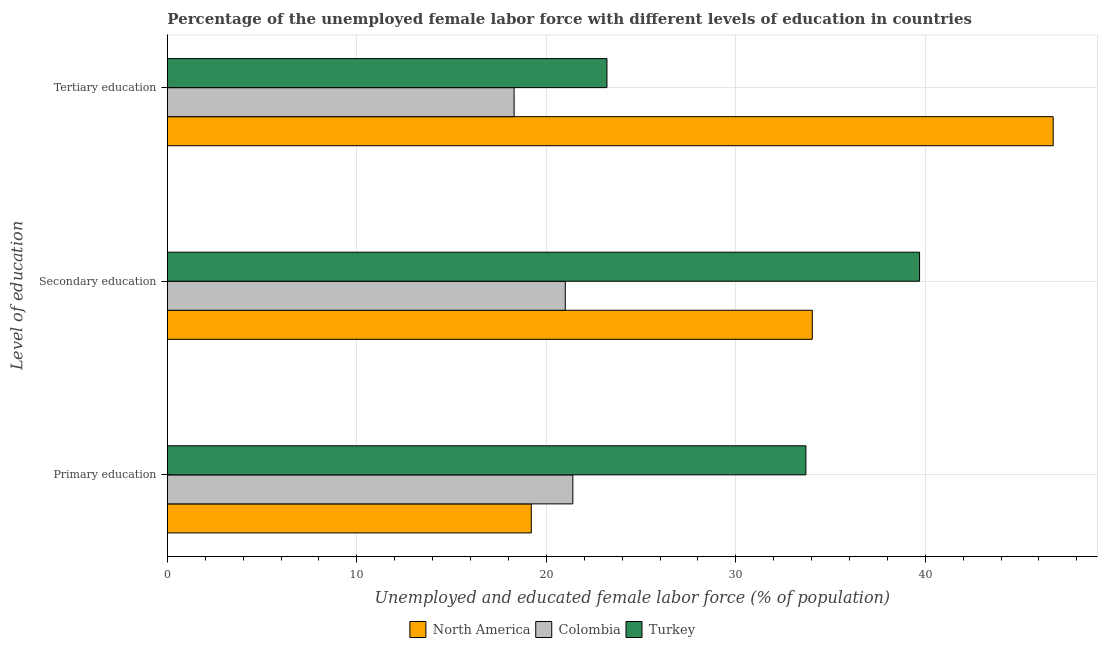
| Level of education | North America | Colombia | Turkey |
 | --- | --- | --- | --- |
 | Primary education | 19.2 | 21.4 | 33.7 |
 | Secondary education | 34 | 21 | 39.7 |
 | Tertiary education | 46.8 | 18.3 | 23.2 |